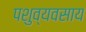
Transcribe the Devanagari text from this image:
पशुव्यवसाय